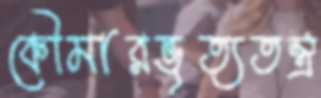
কৌমারভৃত্যতন্ত্র